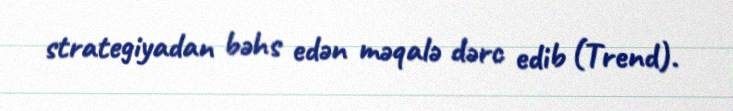
strategiyadan bəhs edən məqalə dərc edib (Trend).